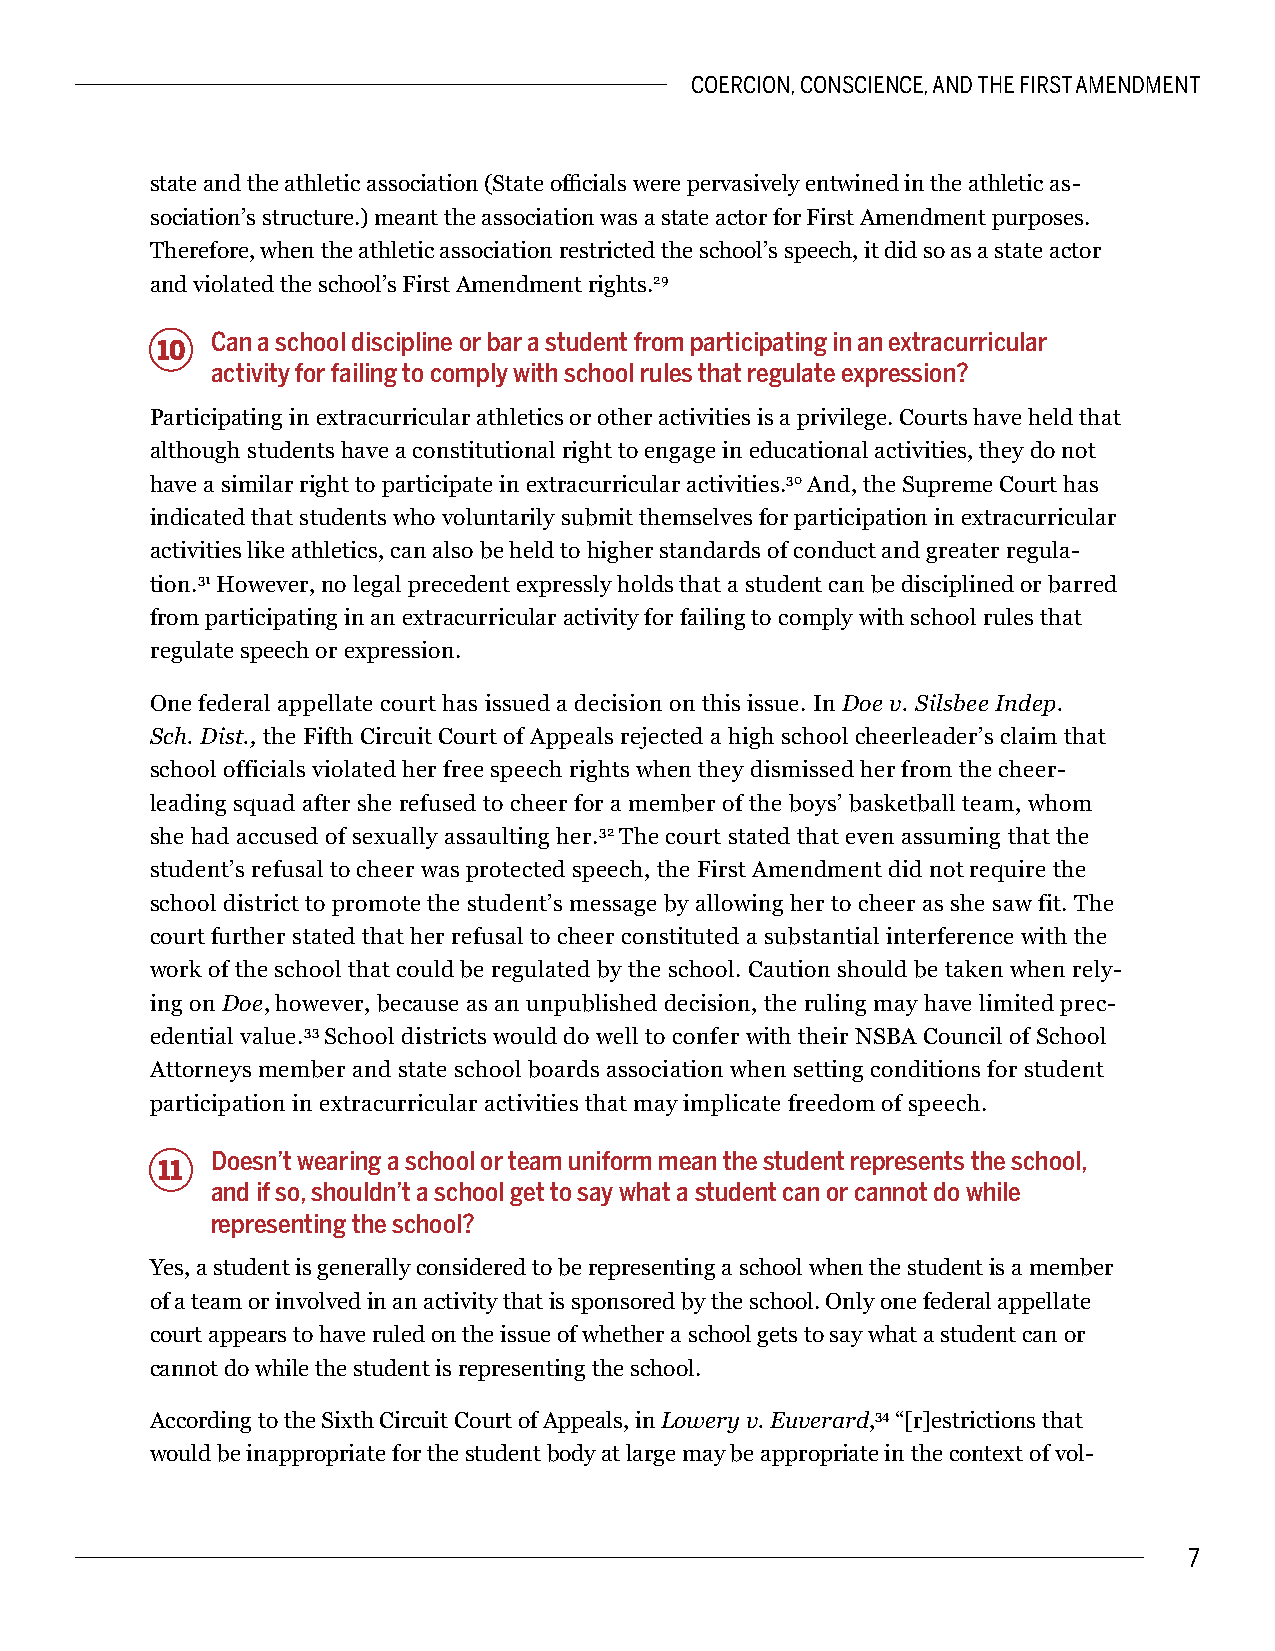
COERCION, CONSCIENCE, AND THE FIRST AMENDMENT
 state and the athletic association (State officials were pervasively entwined in the athletic as-
 sociation’s structure.) meant the association was a state actor for First Amendment purposes.
 Therefore, when the athletic association restricted the school’s speech, it did so as a state actor
 and violated the school’s First Amendment rights.29
 Can a school discipline or bar a student from participating in an extracurricular
 10
 activity for failing to comply with school rules that regulate expression?
 Participating in extracurricular athletics or other activities is a privilege. Courts have held that
 although students have a constitutional right to engage in educational activities, they do not
 have a similar right to participate in extracurricular activities.30 And, the Supreme Court has
 indicated that students who voluntarily submit themselves for participation in extracurricular
 activities like athletics, can also be held to higher standards of conduct and greater regula-
 tion.31 However, no legal precedent expressly holds that a student can be disciplined or barred
 from participating in an extracurricular activity for failing to comply with school rules that
 regulate speech or expression.
 One federal appellate court has issued a decision on this issue. In Doe v. Silsbee Indep.
 Sch. Dist., the Fifth Circuit Court of Appeals rejected a high school cheerleader’s claim that
 school officials violated her free speech rights when they dismissed her from the cheer-
 leading squad after she refused to cheer for a member of the boys’ basketball team, whom
 she had accused of sexually assaulting her.32 The court stated that even assuming that the
 student’s refusal to cheer was protected speech, the First Amendment did not require the
 school district to promote the student’s message by allowing her to cheer as she saw fit. The
 court further stated that her refusal to cheer constituted a substantial interference with the
 work of the school that could be regulated by the school. Caution should be taken when rely-
 ing on Doe, however, because as an unpublished decision, the ruling may have limited prec-
 edential value.33 School districts would do well to confer with their NSBA Council of School
 Attorneys member and state school boards association when setting conditions for student
 participation in extracurricular activities that may implicate freedom of speech.
 Doesn’t wearing a school or team uniform mean the student represents the school,
 11
 and if so, shouldn’t a school get to say what a student can or cannot do while
 representing the school?
 Yes, a student is generally considered to be representing a school when the student is a member
 of a team or involved in an activity that is sponsored by the school. Only one federal appellate
 court appears to have ruled on the issue of whether a school gets to say what a student can or
 cannot do while the student is representing the school.
 According to the Sixth Circuit Court of Appeals, in Lowery v. Euverard,34 “[r]estrictions that
 would be inappropriate for the student body at large may be appropriate in the context of vol-
 7